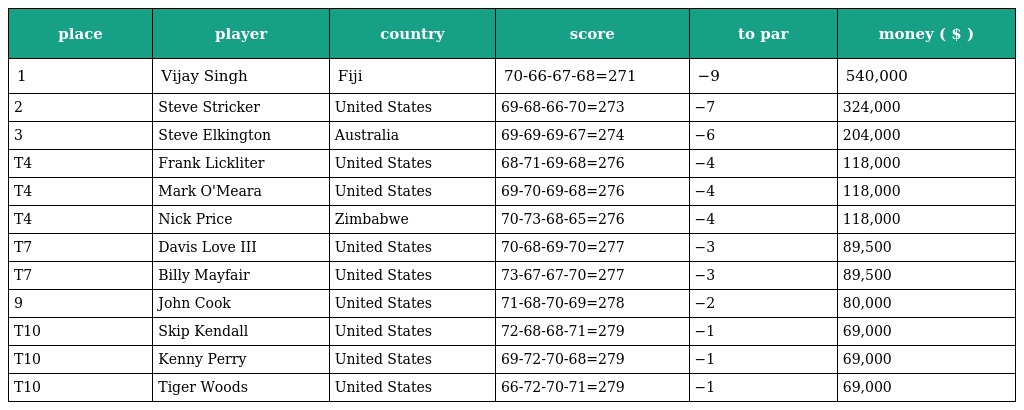
| place | player | country | score | to par | money ( $ ) |
 | --- | --- | --- | --- | --- | --- |
 | 1 | Vijay Singh | Fiji | 70-66-67-68=271 | −9 | 540,000 |
 | 2 | Steve Stricker | United States | 69-68-66-70=273 | −7 | 324,000 |
 | 3 | Steve Elkington | Australia | 69-69-69-67=274 | −6 | 204,000 |
 | T4 | Frank Lickliter | United States | 68-71-69-68=276 | −4 | 118,000 |
 | T4 | Mark O'Meara | United States | 69-70-69-68=276 | −4 | 118,000 |
 | T4 | Nick Price | Zimbabwe | 70-73-68-65=276 | −4 | 118,000 |
 | T7 | Davis Love III | United States | 70-68-69-70=277 | −3 | 89,500 |
 | T7 | Billy Mayfair | United States | 73-67-67-70=277 | −3 | 89,500 |
 | 9 | John Cook | United States | 71-68-70-69=278 | −2 | 80,000 |
 | T10 | Skip Kendall | United States | 72-68-68-71=279 | −1 | 69,000 |
 | T10 | Kenny Perry | United States | 69-72-70-68=279 | −1 | 69,000 |
 | T10 | Tiger Woods | United States | 66-72-70-71=279 | −1 | 69,000 |